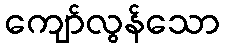
ကျော်လွန်သော